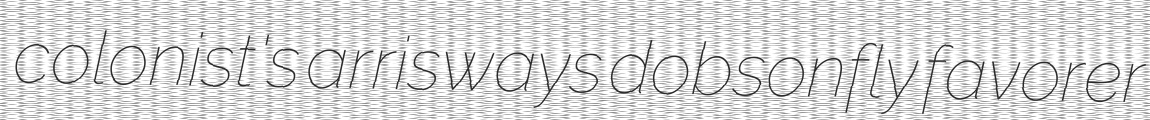
colonist's arrisways dobsonfly favorer